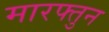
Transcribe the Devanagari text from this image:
मारफ्तुन